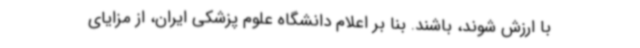
با ارزش شوند، باشند. بنا بر اعلام دانشگاه علوم پزشکی ایران، از مزایای